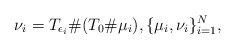
\begin{align*}{} \nu_{i}=T_{\epsilon_i}\#(T_0\#\mu_i), \{\mu_i,\nu_i\}_{i=1}^N,\end{align*}